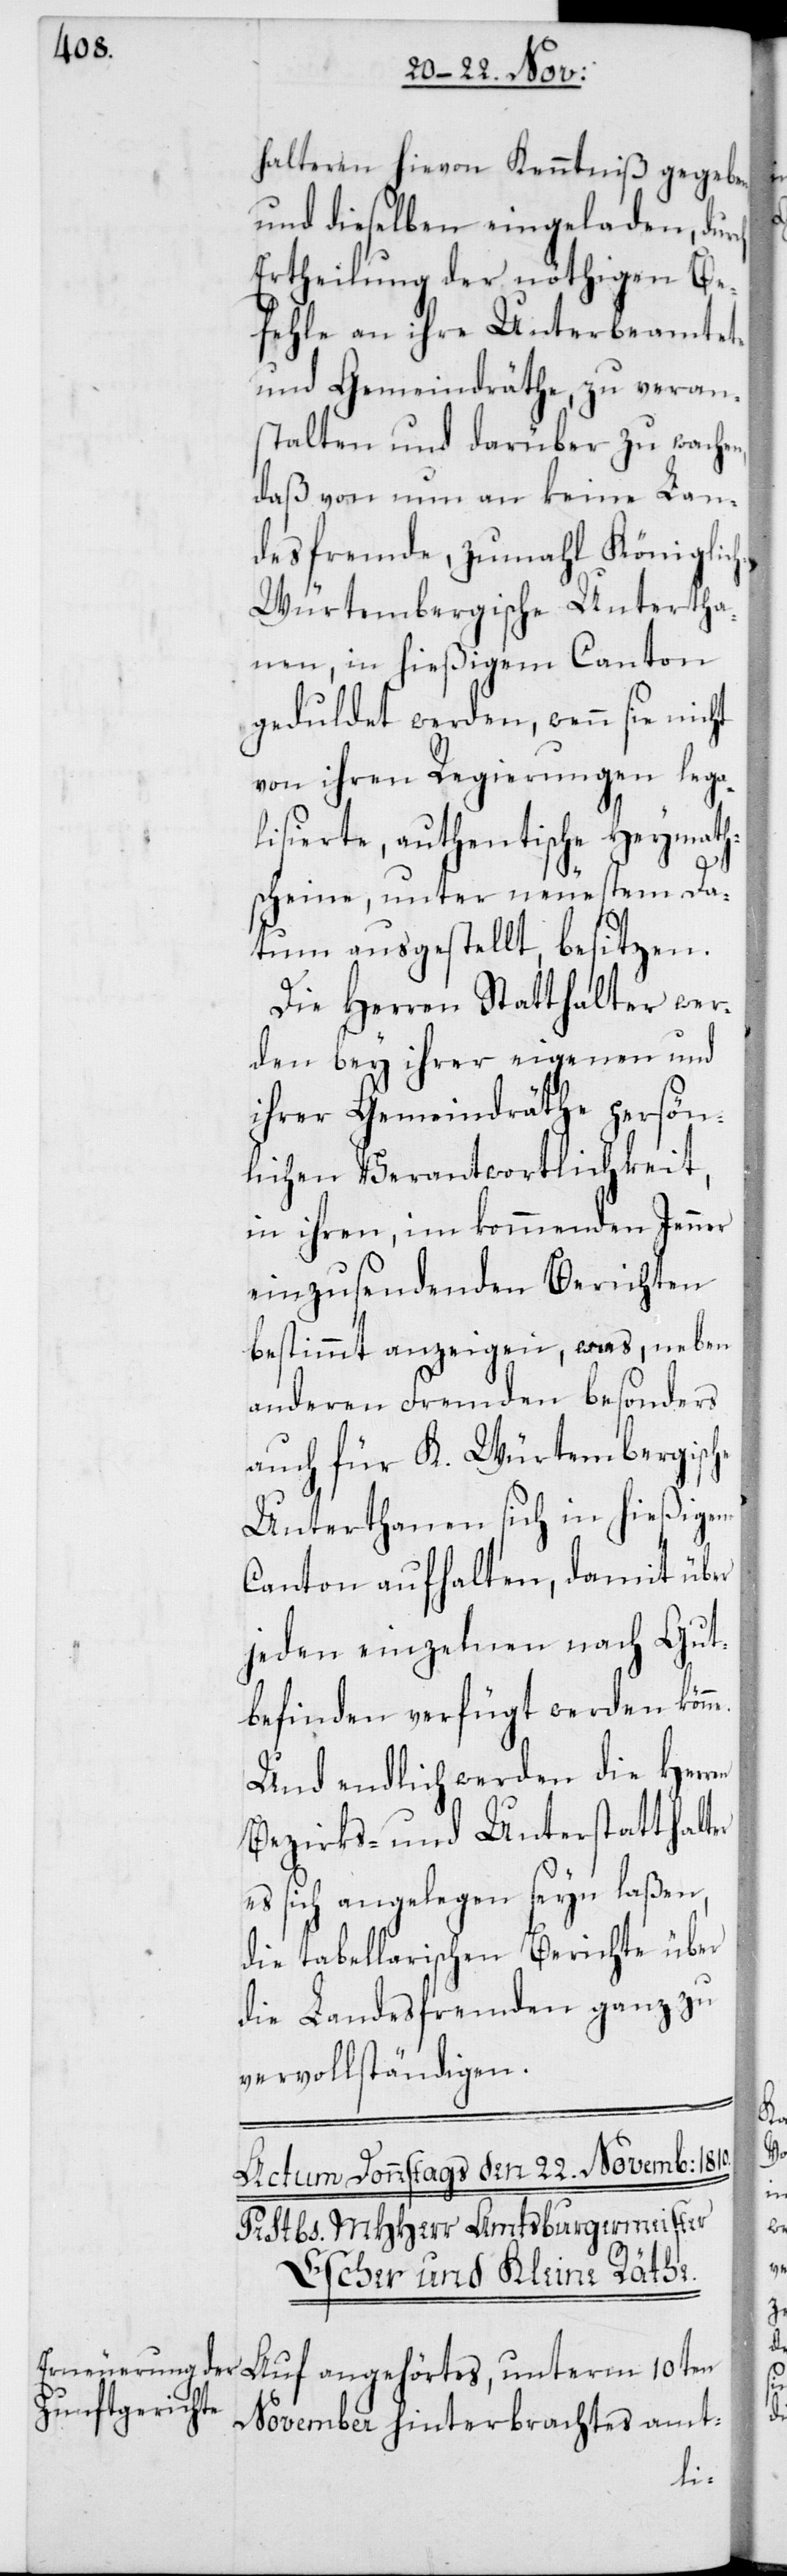
halteren hievon Kenntniß gegeben,
und dieselben eingeladen, dur¬
Ertheilung der nöthigen Be¬
fehle an ihre Unterbeamtete
und Gemeindräthe, zu veran¬
stalten und darüber zu wachen,
daß von nun an keine Lan¬
desfremde, zumahl Königlic¬
h-Würtembergische Untertha¬
nen, in hießigem Canton
geduldet werden, wenn sie nicht
von ihren Regierungen lega¬
lisierte, authentische Heymaths¬
cheine, unter neuestem Da¬
tum ausgestellt, besitzen.
Die Herren Statthalter wer¬
den bey ihrer eigenen und
ihrer Gemeindräthe persön¬
lichen Verantwortlichkeit,
in ihren, im kommenden Jenner
einzusendenden Berichten
bestimmt anzeigen, was, neben
anderen Fremden besonders
auch für K. Würtembergische
Unterthanen sich in hießigem
Canton aufhalten, damit über
jeden einzelnen nach Gut¬
befinden verfügt werden kön¬
Und endlich werden die Her¬
Bezirks- und Unterstatthalter
es sich angelegen seyn laßen,
die tabellarischen Berichte über
die Landesfremden ganz zu
vervollständigen.
Auf angehörtes, unterm 10ten
November hinterbrachtes amt-
ren